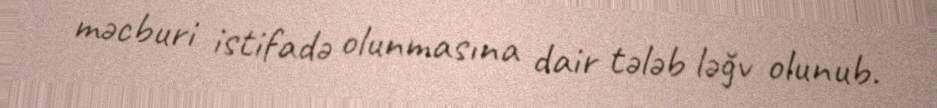
məcburi istifadə olunmasına dair tələb ləğv olunub.